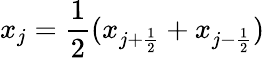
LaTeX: x_{j}=\frac{1}{2}(x_{j+\frac{1}{2}}+x_{j-\frac{1}{2}})